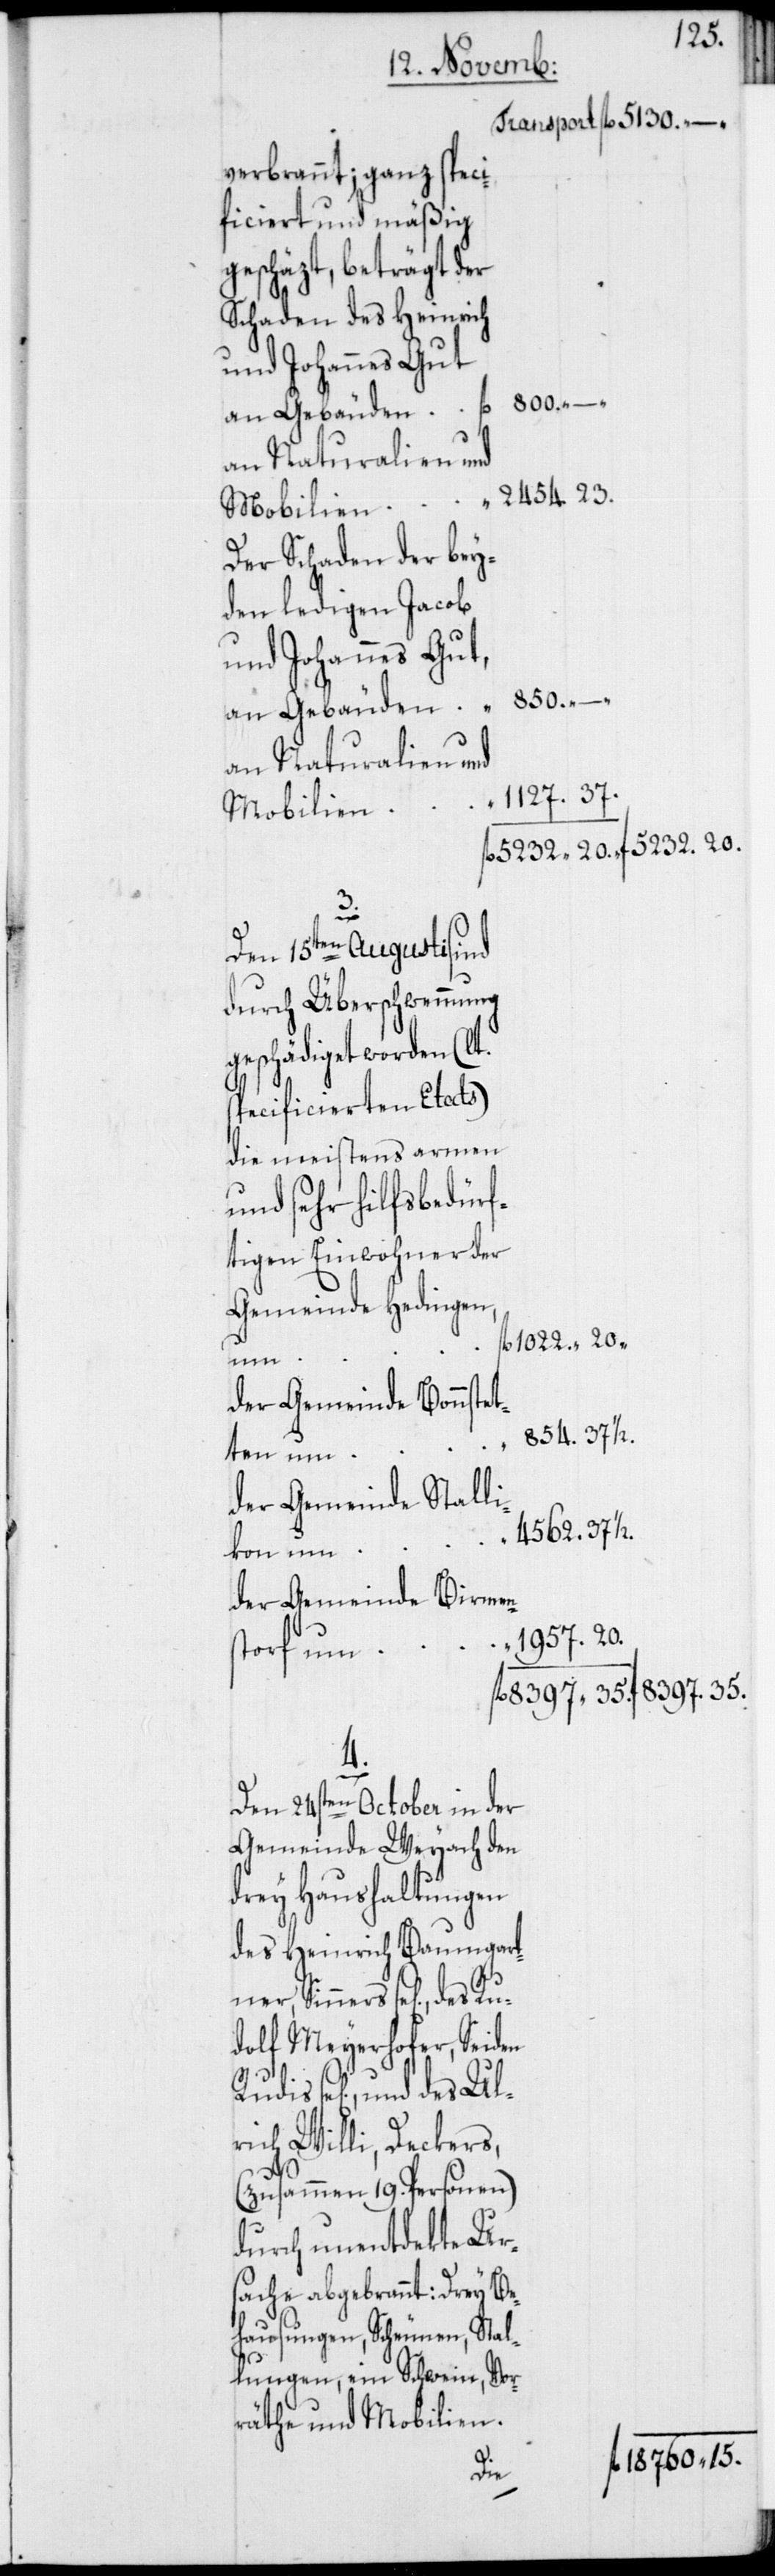
verbrannt; ganz speci¬
ficiert und mäßig
geschäzt, beträgt der
Schaden des Heinrich
und Johannes Gut
2454. 23.
Der Schaden der bey¬
den ledigen Jacob
und Johannes Gut,
an Naturalien und
3.
1127.
Mobilien
Den 15ten Augusti sind
durch Überschwemmung
geschädiget worden (lt.
specificierten Etats)
die meistens armen
und sehr hilfsbedürf¬
tigen Einwohner der
Gemeinde Hedingen,
1022. 20.
der Gemeinde Bonnstet¬
8397. 35
des Ru¬
der Gemeinde Stalli¬
4562. 37 1/2.
kon um
der Gemeinde Birmen¬
1957. 20.
storf um
4.
Den 24ten October in der
Gemeinde Weyach den
drey Haushaltungen
des Heinrich Baumgart¬
ner, Sinners se[lig],
dolf Meyerhofer, Seiden
se[lig], und des Ul¬
rich Willi, Deckers,
(zusammen 19. Personen)
durch unentdekte Ur¬
sache abgebrannt: Drey Be¬
hausungen, Scheunen, Stal¬
lungen, ein Schwein, Vor¬
räthe und Mobilien.
18 760. 15.